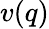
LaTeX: v(q)